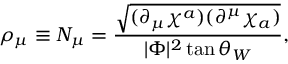
\rho _ { \mu } \equiv { \cal N } _ { \mu } = \frac { \sqrt { ( \partial _ { \mu } \chi ^ { a } ) ( \partial ^ { \mu } \chi _ { a } ) } } { | \Phi | ^ { 2 } \tan \theta _ { W } } ,